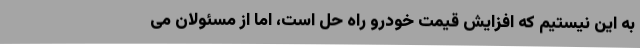
به این نیستیم که افزایش قیمت خودرو راه حل است، اما از مسئولان می‌